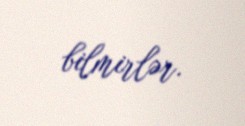
bilmirlər.